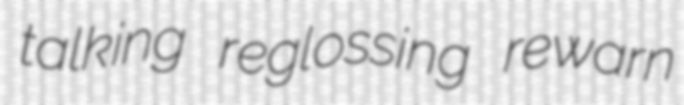
talking reglossing rewarn